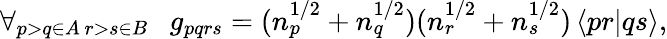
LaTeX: \forall_{\substack{p>q\in A\, r>s\in B}}\ \ \ g_{pqrs}=(n_{p}^{1/2}+n_{q}^{1/2})(n_{r}^{1/2}+n_{s}^{1/2})\left\langle pr|qs\right\rangle,